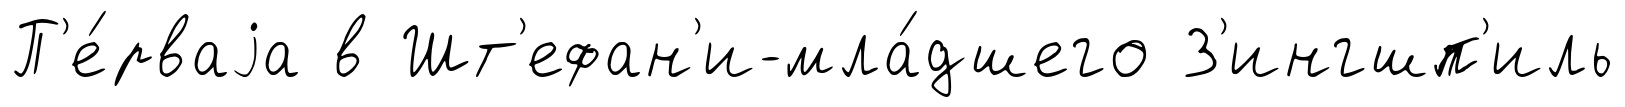
П'е́рваjа в Шт'ефан'и-мла́дшего З'ингшп'иль